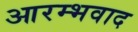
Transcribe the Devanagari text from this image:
आरम्भवाद